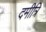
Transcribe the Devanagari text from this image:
दमीत्रि